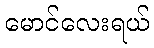
မောင်လေးရယ်